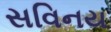
સવિનય